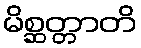
မိစ္ဆတ္တာတိ